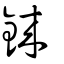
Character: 錸